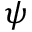
\psi